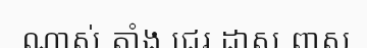
ណាស់ តាំង ជេរ ដាស ពាស